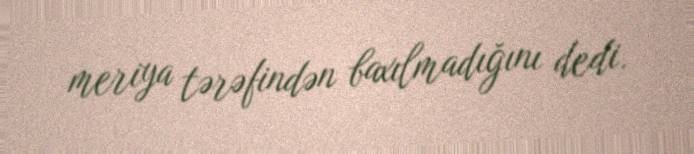
meriya tərəfindən baxılmadığını dedi.